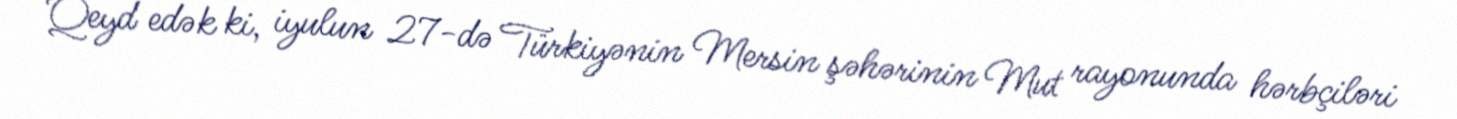
Qeyd edək ki, iyulun 27-də Türkiyənin Mersin şəhərinin Mut rayonunda hərbçiləri